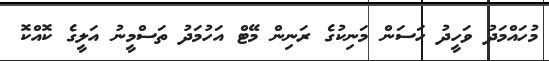
މުހައްމަދު ވަހީދު ހަސަން މަނިކުގެ ރަނިން މޭޓް އަހުމަދު ތަސްމީނު އަލީގެ ކޮއްކޮ